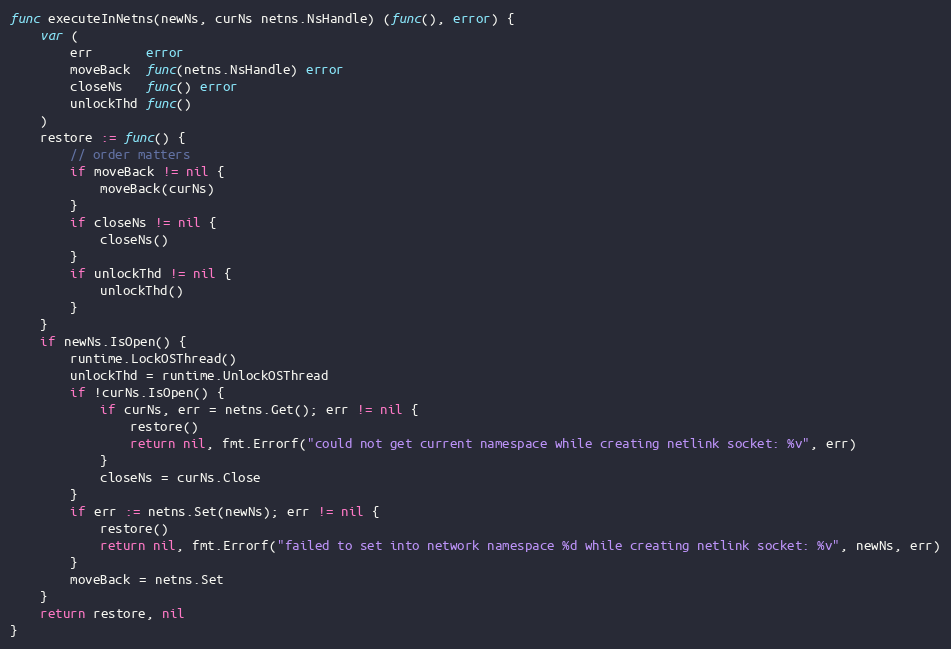
Language: Go
func executeInNetns(newNs, curNs netns.NsHandle) (func(), error) {
	var (
		err       error
		moveBack  func(netns.NsHandle) error
		closeNs   func() error
		unlockThd func()
	)
	restore := func() {
		// order matters
		if moveBack != nil {
			moveBack(curNs)
		}
		if closeNs != nil {
			closeNs()
		}
		if unlockThd != nil {
			unlockThd()
		}
	}
	if newNs.IsOpen() {
		runtime.LockOSThread()
		unlockThd = runtime.UnlockOSThread
		if !curNs.IsOpen() {
			if curNs, err = netns.Get(); err != nil {
				restore()
				return nil, fmt.Errorf("could not get current namespace while creating netlink socket: %v", err)
			}
			closeNs = curNs.Close
		}
		if err := netns.Set(newNs); err != nil {
			restore()
			return nil, fmt.Errorf("failed to set into network namespace %d while creating netlink socket: %v", newNs, err)
		}
		moveBack = netns.Set
	}
	return restore, nil
}